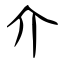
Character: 介